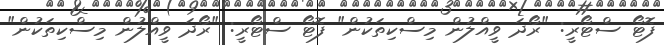
ފޮޓޯ ސްޓޯރީ: "ރޯދަ ވީއްލުން މިސްކިތަކުން" ފޮޓޯ ސްޓޯރީ: "ރޯދަ ވީއްލުން މިސްކިތަކުން"